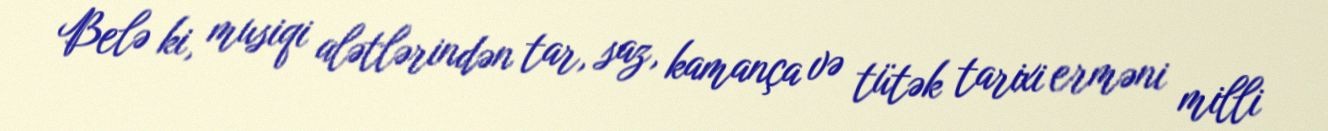
Belə ki, musiqi alətlərindən tar, saz, kamança və tütək tarixi erməni milli